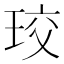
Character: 珓